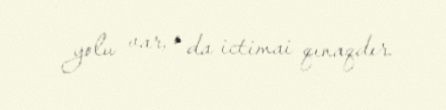
yolu var, o da ictimai qınaqdır.